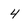
Character: 4